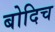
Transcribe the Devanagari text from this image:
बोदिच